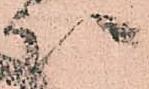
次